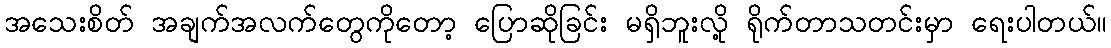
အသေးစိတ် အချက်အလက်တွေကိုတော့ ပြောဆိုခြင်း မရှိဘူးလို့ ရိုက်တာသတင်းမှာ ရေးပါတယ်။